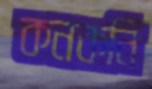
কনকনি